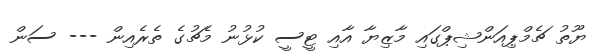
ޔޫތު ޗެމްޕިއަންޝިޕްގައި މާޒިޔާ އާއި ޓީސީ ކުޅުނު މެޗުގެ ތެރެއިން --- ސަން